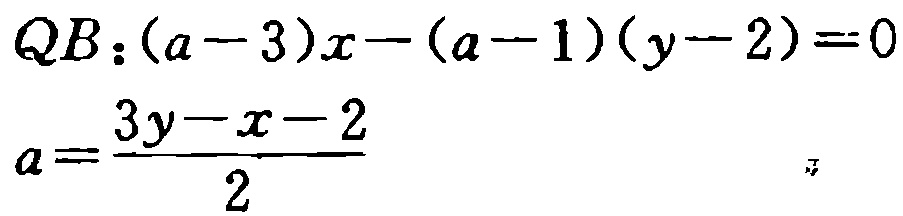
\[
\begin{align*}
QB:(a - 3)x-(a - 1)(y - 2)&=0\\
a&=\frac{3y - x - 2}{2}
\end{align*}
\]